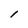
Character: l